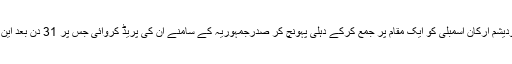
این ٹی آر کے حامی تلگودیشم ارکان اسمبلی کو ایک مقام پر جمع کرکے دہلی پہونچ کر صدرجمہوریہ کے سامنے ان کی پریڈ کروائی جس پر 31 دن بعد این ٹی آر کا اقتدار بحال ہوا۔